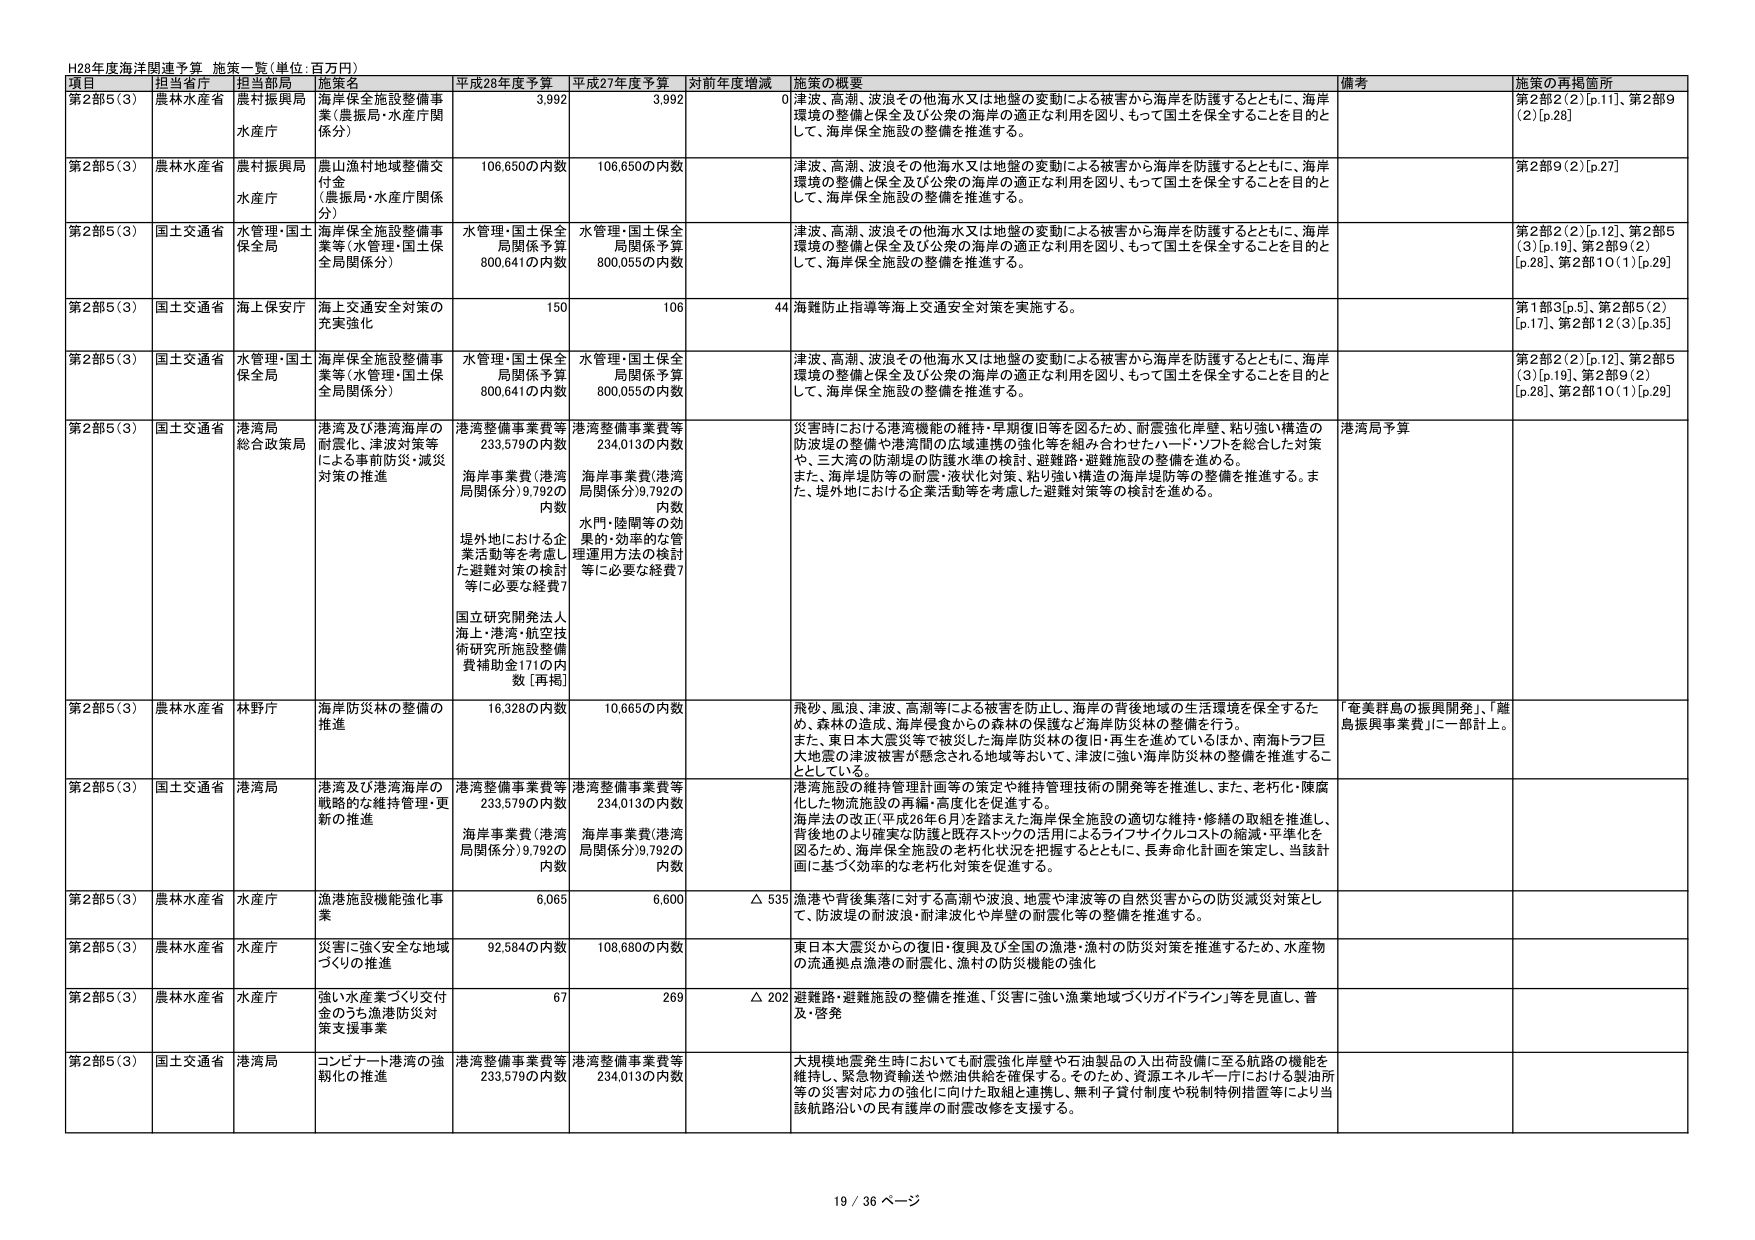
H28年度海洋関連予算 施策一覧（単位：百万円）

項目 担当省庁 担当部局 施策名 平成28年度予算 平成27年度予算 対前年度増減 施策の概要 備考 施策の再掲箇所

第2部5（3） 農林水産省 農村振興局 水産庁 海岸保全施設整備事業（農振局・水産庁関係分） 3,992 3,992 0 津波、高潮、波浪その他海水又は地盤の変動による被害から海岸を防護するとともに、海岸環境の整備と保全及び公衆の海岸の適正な利用を図り、もって国土を保全することを目的として、海岸保全施設の整備を推進する。 第2部2（2）[p.11]、第2部9（2）[p.28]

第2部5（3） 農林水産省 農村振興局 水産庁 農山漁村地域整備交付金（農振局・水産庁関係分） 106,650の内数 106,650の内数 津波、高潮、波浪その他海水又は地盤の変動による被害から海岸を防護するとともに、海岸環境の整備と保全及び公衆の海岸の適正な利用を図り、もって国土を保全することを目的として、海岸保全施設の整備を推進する。 第2部9（2）[p.27]

第2部5（3） 国土交通省 水管理・国土保全局 海岸保全施設整備事業等（水管理・国土保全局関係分） 水管理・国土保全局関係予算800,641の内数 水管理・国土保全局関係予算800,055の内数 津波、高潮、波浪その他海水又は地盤の変動による被害から海岸を防護するとともに、海岸環境の整備と保全及び公衆の海岸の適正な利用を図り、もって国土を保全することを目的として、海岸保全施設の整備を推進する。 第2部2（2）[p.12]、第2部5（3）[p.19]、第2部9（2）[p.28]、第2部10（1）[p.29]

第2部5（3） 国土交通省 海上保安庁 海上交通安全対策の充実強化 150 106 44 海難防止指導等海上交通安全対策を実施する。 第1部3[p.5]、第2部5（2）[p.17]、第2部12（3）[p.35]

第2部5（3） 国土交通省 水管理・国土保全局 海岸保全施設整備事業等（水管理・国土保全局関係分） 水管理・国土保全局関係予算800,641の内数 水管理・国土保全局関係予算800,055の内数 津波、高潮、波浪その他海水又は地盤の変動による被害から海岸を防護するとともに、海岸環境の整備と保全及び公衆の海岸の適正な利用を図り、もって国土を保全することを目的として、海岸保全施設の整備を推進する。 第2部2（2）[p.12]、第2部5（3）[p.19]、第2部9（2）[p.28]、第2部10（1）[p.29]

第2部5（3） 国土交通省 港湾局 総合政策局 港湾及び港湾海岸の耐震化、津波対策等による事前防災・減災対策の推進 港湾整備事業費等233,579の内数 海岸事業費（港湾局関係分）9,792の内数 堤外地における企業活動等を考慮した避難対策の検討等に必要な経費7 国立研究開発法人海上・港湾・航空技術研究所施設整備費補助金171の内数［再掲］ 港湾整備事業費等234,013の内数 海岸事業費（港湾局関係分）9,792の内数 水門・陸関等の効果的・効率的な管理運用方法の検討等に必要な経費7 災害時における港湾機能の維持・早期復旧等を図るため、耐震強化岸壁、粘り強い構造の防波堤の整備や港湾間の広域連携の強化等を組み合わせたハード・ソフトを総合した対策や、三大湾の防潮堤の防護水準の検討、避難路・避難施設の整備を進める。 また、海岸堤防等の耐震・液状化対策、粘り強い構造の海岸堤防等の整備を推進する。また、堤外地における企業活動等を考慮した避難対策等の検討を進める。 港湾局予算

第2部5（3） 農林水産省 林野庁 海岸防災林の整備の推進 16,328の内数 10,665の内数 飛砂、風浪、津波、高潮等による被害を防止し、海岸の背後地域の生活環境を保全するため、森林の造成、海岸侵食からの森林の保護など海岸防災林の整備を行う。 また、東日本大震災等で被災した海岸防災林の復旧・再生を進めているほか、南海トラフ巨大地震の津波被害が懸念される地域等において、津波に強い海岸防災林の整備を推進することとしている。 「奄美群島の振興開発」、「離島振興事業費」に一部計上。

第2部5（3） 国土交通省 港湾局 港湾及び港湾海岸の戦略的な維持管理・更新の推進 港湾整備事業費等233,579の内数 海岸事業費（港湾局関係分）9,792の内数 港湾整備事業費等234,013の内数 海岸事業費（港湾局関係分）9,792の内数 港湾施設の維持管理計画等の策定や維持管理技術の開発等を推進し、また、老朽化・陳腐化した物流施設の再編・高度化を促進する。 海岸法の改正（平成26年6月）を踏まえた海岸保全施設の適切な維持・修繕の取組を推進し、背後地のより確実な防護と既存ストックの活用によるライフサイクルコストの縮減・平準化を図るため、海岸保全施設の老朽化状況を把握するとともに、長寿命化計画を策定し、当該計画に基づく効率的な老朽化対策を促進する。

第2部5（3） 農林水産省 水産庁 漁港施設機能強化事業 6,065 6,600 △ 535 漁港や背後集落に対する高潮や波浪、地震や津波等の自然災害からの防災減災対策として、防波堤の耐波浪・耐津波化や岸壁の耐震化等の整備を推進する。

第2部5（3） 農林水産省 水産庁 災害に強く安全な地域づくりの推進 92,584の内数 108,680の内数 東日本大震災からの復旧・復興及び全国の漁港・漁村の防災対策を推進するため、水産物の流通拠点漁港の耐震化、漁村の防災機能の強化

第2部5（3） 農林水産省 水産庁 強い水産業づくり交付金のうち漁港防災対策支援事業 67 269 △ 202 避難路・避難施設の整備を推進、「災害に強い漁業地域づくりガイドライン」等を見直し、普及・啓発

第2部5（3） 国土交通省 港湾局 コンビナート港湾の強靭化の推進 港湾整備事業費等233,579の内数 港湾整備事業費等234,013の内数 大規模地震発生時においても耐震強化岸壁や石油製品の入出荷設備に至る航路の機能を維持し、緊急物資輸送や燃油供給を確保する。そのため、資源エネルギー庁における製油所等の災害対応力の強化に向けた取組と連携し、無利子貸付制度や税制特例措置等により当該航路沿いの民有護岸の耐震改修を支援する。

19 / 36 ページ